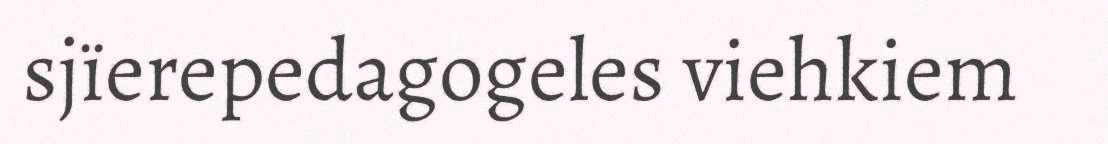
sjïerepedagogeles viehkiem